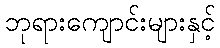
ဘုရားကျောင်းများနှင့်